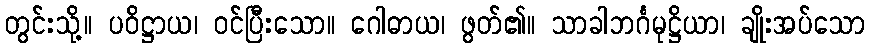
တွင်းသို့။ ပဝိဋ္ဌာယ၊ ဝင်ပြီးသော။ ဂေါဓာယ၊ ဖွတ်၏။ သာခါဘင်္ဂမုဋ္ဌိယာ၊ ချိုးအပ်သော